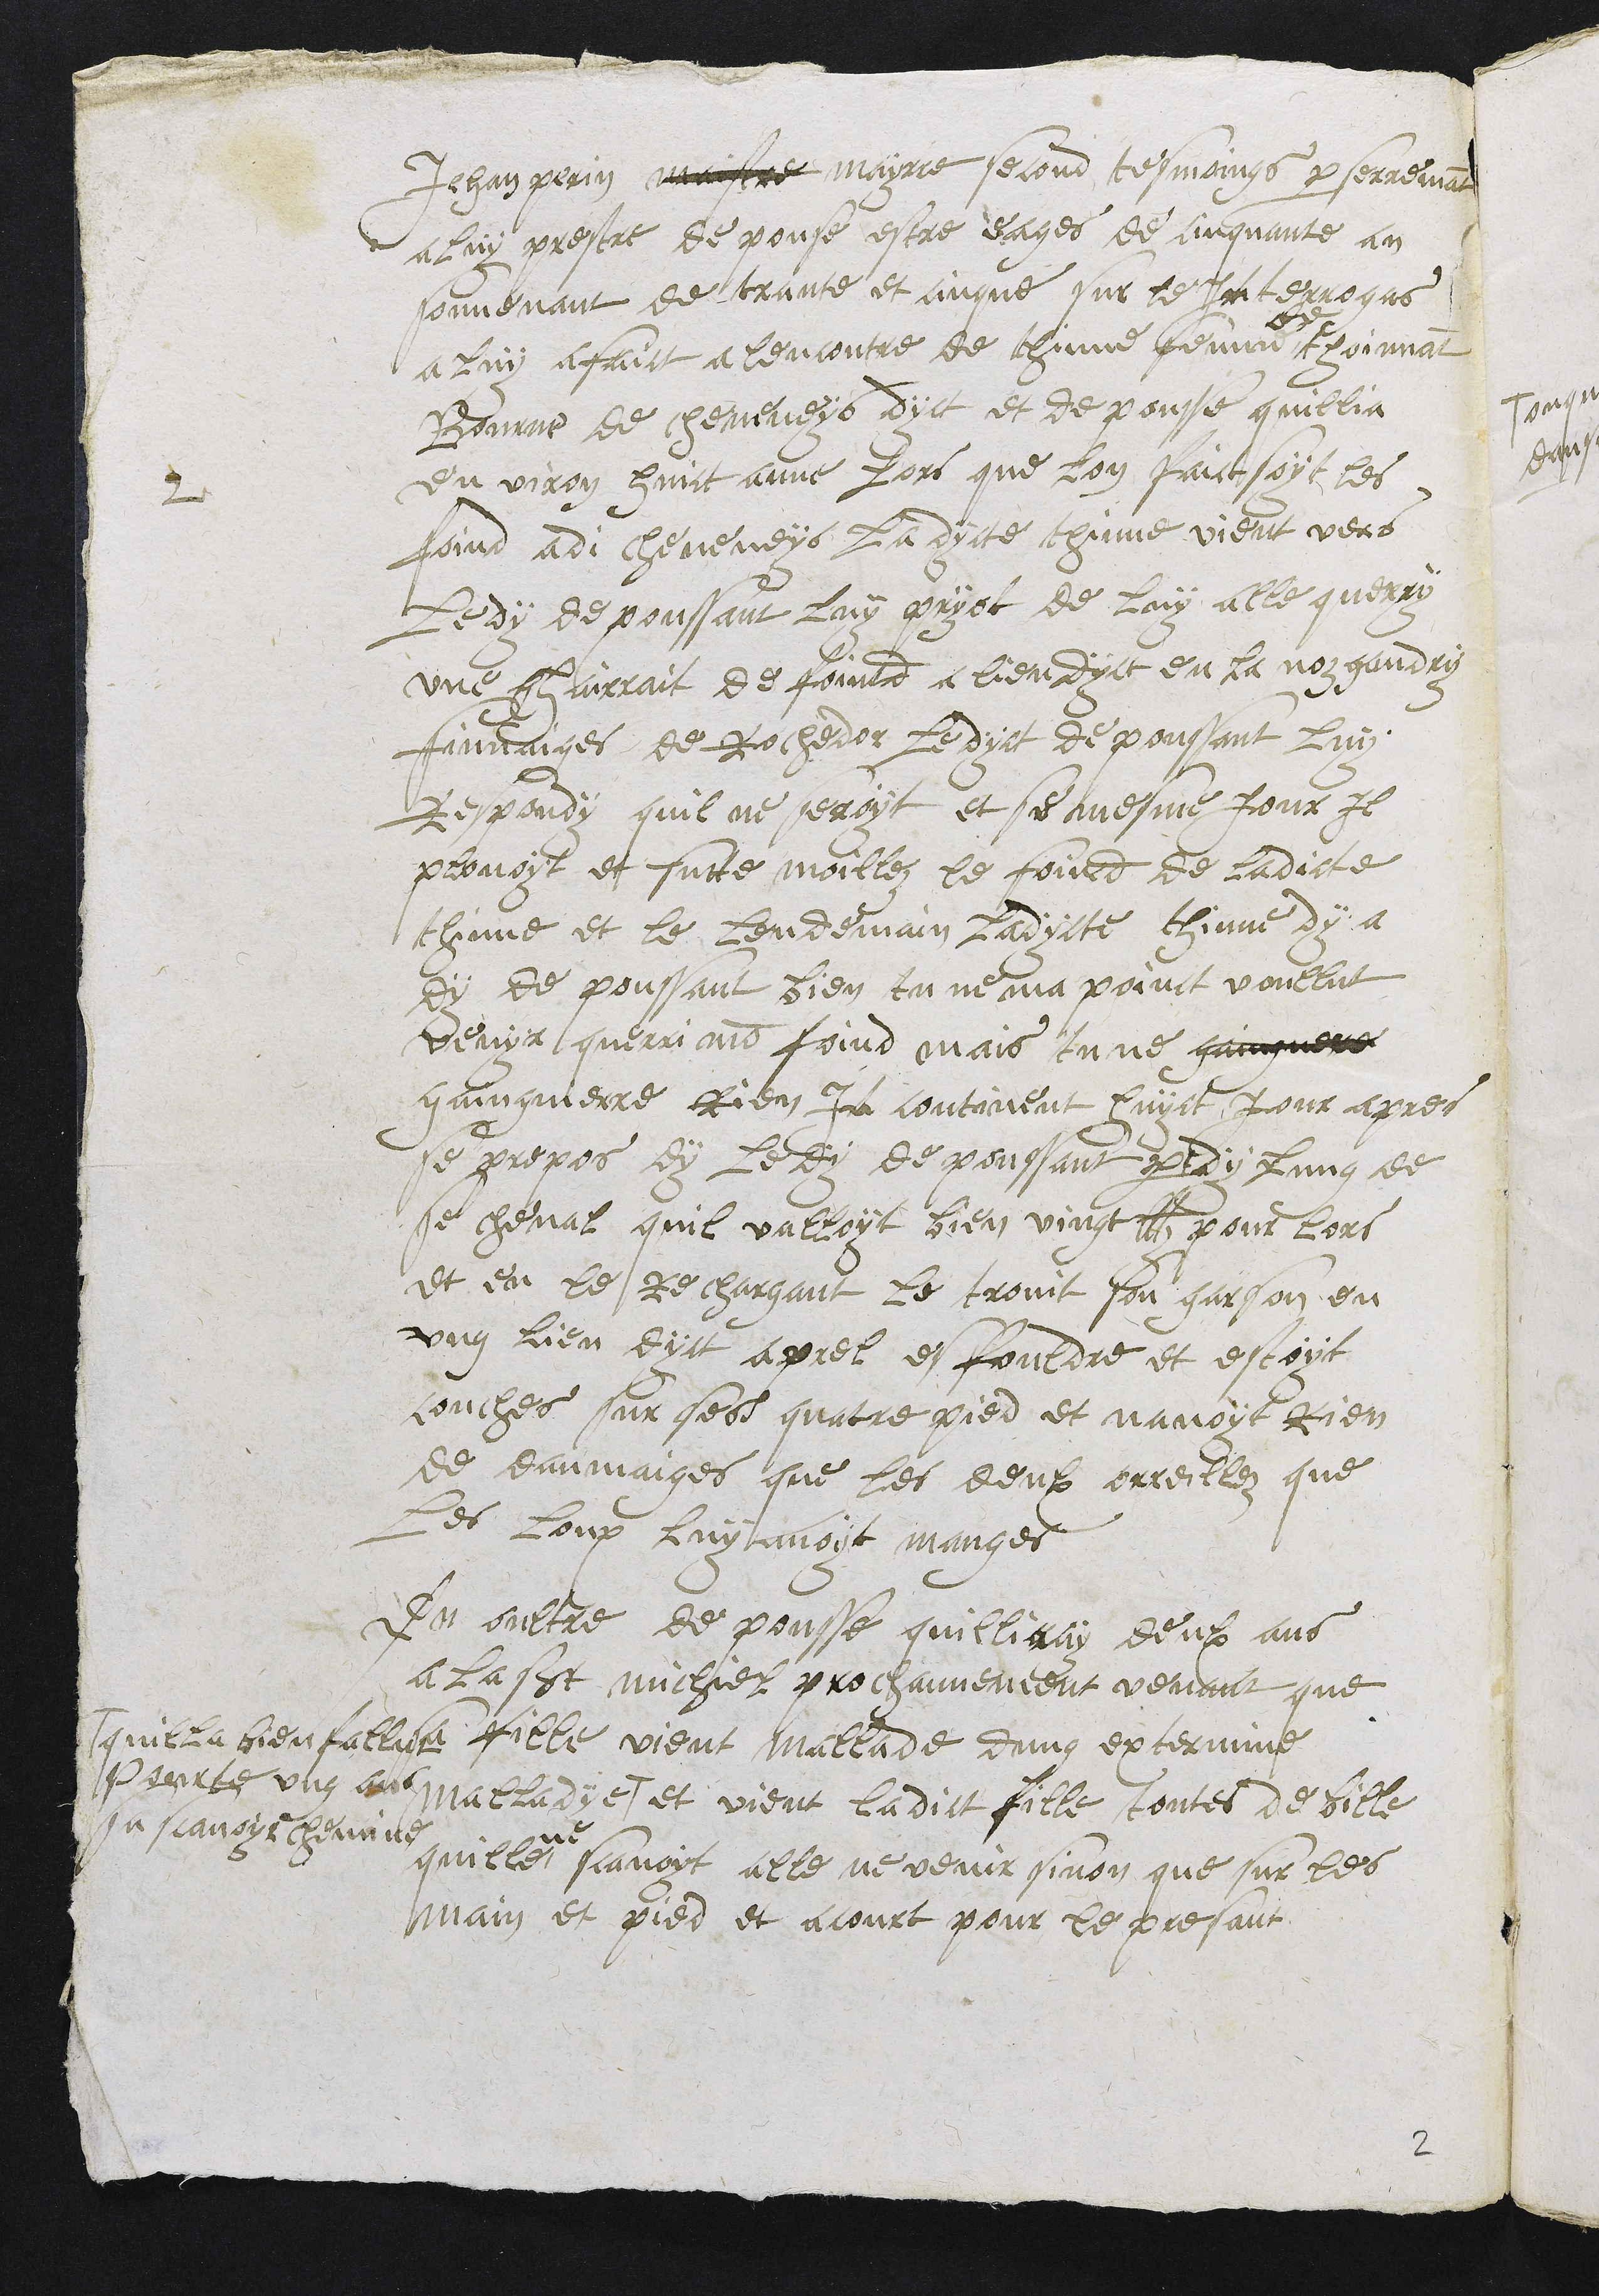
2
Jehan Perrin maistre mayrre second tesmoings par serremant
a luy prestre depouse estre eages de cinquante an
souvenant de trante et cinque sur le Interrogas
a luy a faict a lencontre de thinne femme
de
thoinnat
Bourne de cheveneys dyct et depousse quillia
environ huict anne lors que lon faictsoyt les
foind adi cheveneys ladycte thinne vient vers
Ledy depoussant luy pryot de luy alle querry
une chairrait de foind a lieu dyct en la noz gandry
finaiges de Rochedor ledyct depoussant luy
Respondy quil ne seroyt et se mesme jour il
plovoyt et futte moillez le foind de ladicte
thinne et le lendemain ladycte thinne dy a
dy de poussant bien tu ne ma point voullut
venyr querri mon foind mais tu ne gaingnere
gaingnierre Rien In continent huyct jour apres
se propos dy ledy depoussant perdy lung de
se cheval quil valloyt bien vingt lbz pour lors
et en le rechargant le trovit son garson en
ung lieu dyct aprel es fouldre et estoyt
couches sur ses quatre pied et navoyt rien
de daumaiges que les deulx orreillez que
les loup luy avoit manges
En oultre de pousse quilliray deulx ans
a la st michiel prochannement venant que
sa fille vient mallade dung extermine
malladye #
# quilla bien fallu
porte ung ans
sa scavoir chemine
et vient ladict fille toutes debille
quille
ne
scavoyt alle ne venir sinon que sur les
main et pied et acourt pour le presant

2